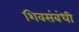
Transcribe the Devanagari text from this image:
शिवसंबंधी